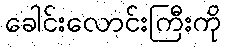
ခေါင်းလောင်းကြီးကို